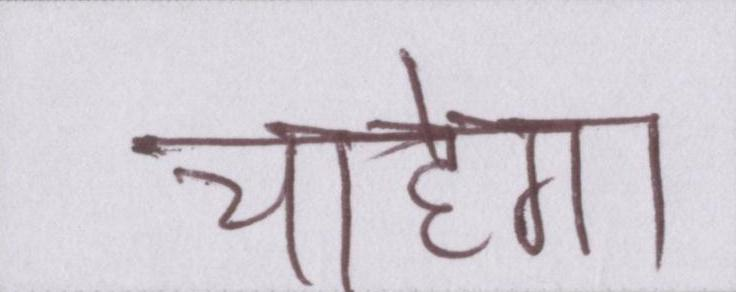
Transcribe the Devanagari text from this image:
चाहेगा